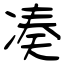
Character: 凑